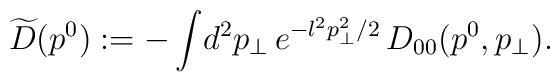
\widetilde{D}(p^0):= -\int\! d^2 p_\perp \,e^{-l^2 p_{\perp}^{2}/2}\,D_{00}(p^0, p_\perp).